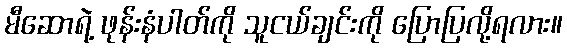
မီဆောရဲ့ ဖုန်းနံပါတ်ကို သူငယ်ချင်းကို ပြောပြလို့ရလား။